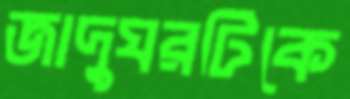
জাদুঘরটিকে